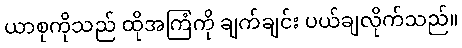
ယာစုကိုသည် ထိုအကြံကို ချက်ချင်း ပယ်ချလိုက်သည်။